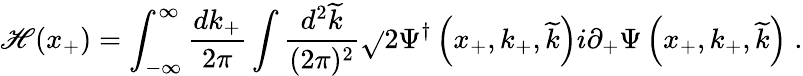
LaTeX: \mathscr{H}(x_{+})=\int_{-\infty}^{\infty}{\frac{{dk_{+}}}{{2\pi}}}\int{\frac{{d^{2}\widetilde{{k}}}}{{(2\pi)^{2}}}}\sqrt{}{{2}}\Psi^{\dagger}\left(x_{+},k_{+},\widetilde{{k}}\right)i\partial_{+}\Psi\left(x_{+},k_{+},\widetilde{{k}}\right)\; .